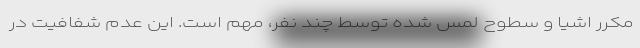
مکرر اشیا و سطوح لمس شده توسط چند نفر، مهم است. این عدم شفافیت در